Leaving Certificate Examination, 1906
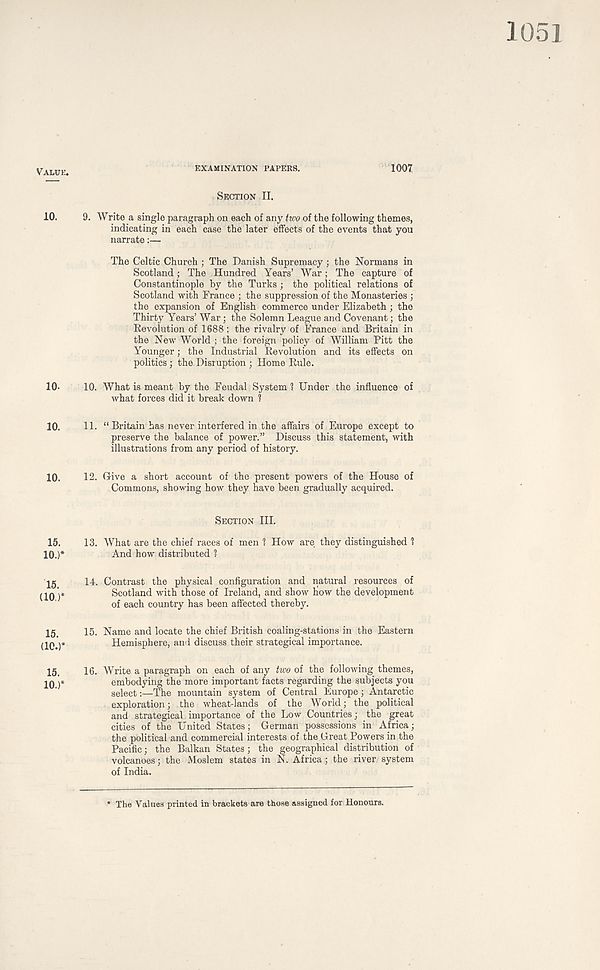
1051
VALUE.
10.
10.
10.
10.
15.
10.)*
15.
(10.)*
15.
(10.)*
15.
10.)*
EXAMINATION PAPERS.
1007
SECTION II.
9. Write a single paragraph on each of any two of the following themes,
indicating in each case the later effects of the events that you
narrate:—
The Celtic Church ; The Danish Supremacy; the Normans in
Scotland; The Hundred Years’ War; The capture of
Constantinople by the Turks; the political relations of
Scotland with France ; the suppression of the Monasteries ;
the expansion of English commerce under Elizabeth; the
Thirty Years’ War; the Solemn League and Covenant; the
Devolution of 1688; the rivalry of France and Britain in
the New World ; the foreign policy of William Pitt the
Younger; the Industrial Revolution and its effects on
politics; the Disruption ; Home Rule.
10. What is meant by the Feudal System ? Under the influence of
what forces did it break down 1
11. “Britain has never interfered in the affairs of Europe except to
preserve the balance of power.” Discuss this statement, with
illustrations from any period of history.
12. Give a short account of the present powers of the House of
Commons, showing how they have been gradually acquired.
SECTION III.
13. What are the chief races of men ? How are they distinguished 1
And how distributed 1
14. Contrast the physical configuration and natural resources of
Scotland with those of Ireland, and show liow the development
of each country has been affected thereby.
15. Name and locate the chief British coaling-stations in the Eastern
Hemisphere, and discuss their strategical importance.
16. Write a paragraph on each of any two of the following themes,
embodying the more important facts regarding the subjects you
select:—The mountain system of Central Europe; Antarctic
exploration; the wheat-lands of the World; the political
and strategical importance of the Low Countries; the great
cities of the United States; German possessions in Africa;
the political and commercial interests of the Great Powers in the
Pacific; the Balkan States; the geographical distribution of
volcanoes; the Moslem states in N. Africa; the river system
of India.
The Values printed in brackets are those assigned for Honours.